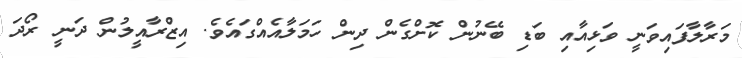
މަރާލާފައިވަނީ ވަޅިއާއި ބަޑި ބޭނުން ކޮށްގެން ދިން ހަމަލާއެއްގައެވެ. އިޒްރާއީލުން ދަނީ ރޯދަ